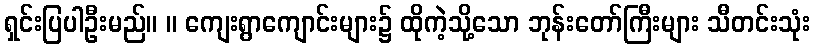
ရှင်းပြပါဦးမည်။ ။ ကျေးရွာကျောင်းများ၌ ထိုကဲ့သို့သော ဘုန်းတော်ကြီးများ သီတင်းသုံး